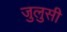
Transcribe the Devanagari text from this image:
जुलुसी